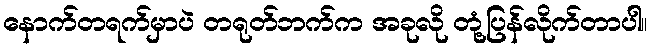
နောက်တရက်မှာပဲ တရုတ်ဘက်က အခုလို တုံ့ပြန်လိုက်တာပါ။